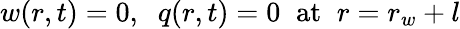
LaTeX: w(r,t)=0,\; \; q(r,t)=0\; \; \mathrm{at}\; \; r=r_{w}+l